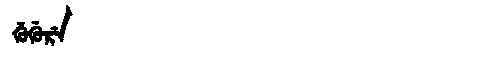
Manchu: ᡤᡠᡤᡠᡵᡝ
Romanization: GUGURE